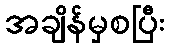
အချိန်မှစပြီး